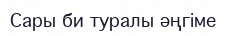
Сары би туралы әңгіме